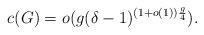
LaTeX: \begin{align*}c(G) = o(g (\delta-1)^{(1+o(1))\frac{g}{4}}).\end{align*}